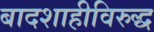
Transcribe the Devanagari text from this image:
बादशाहीविरुद्ध